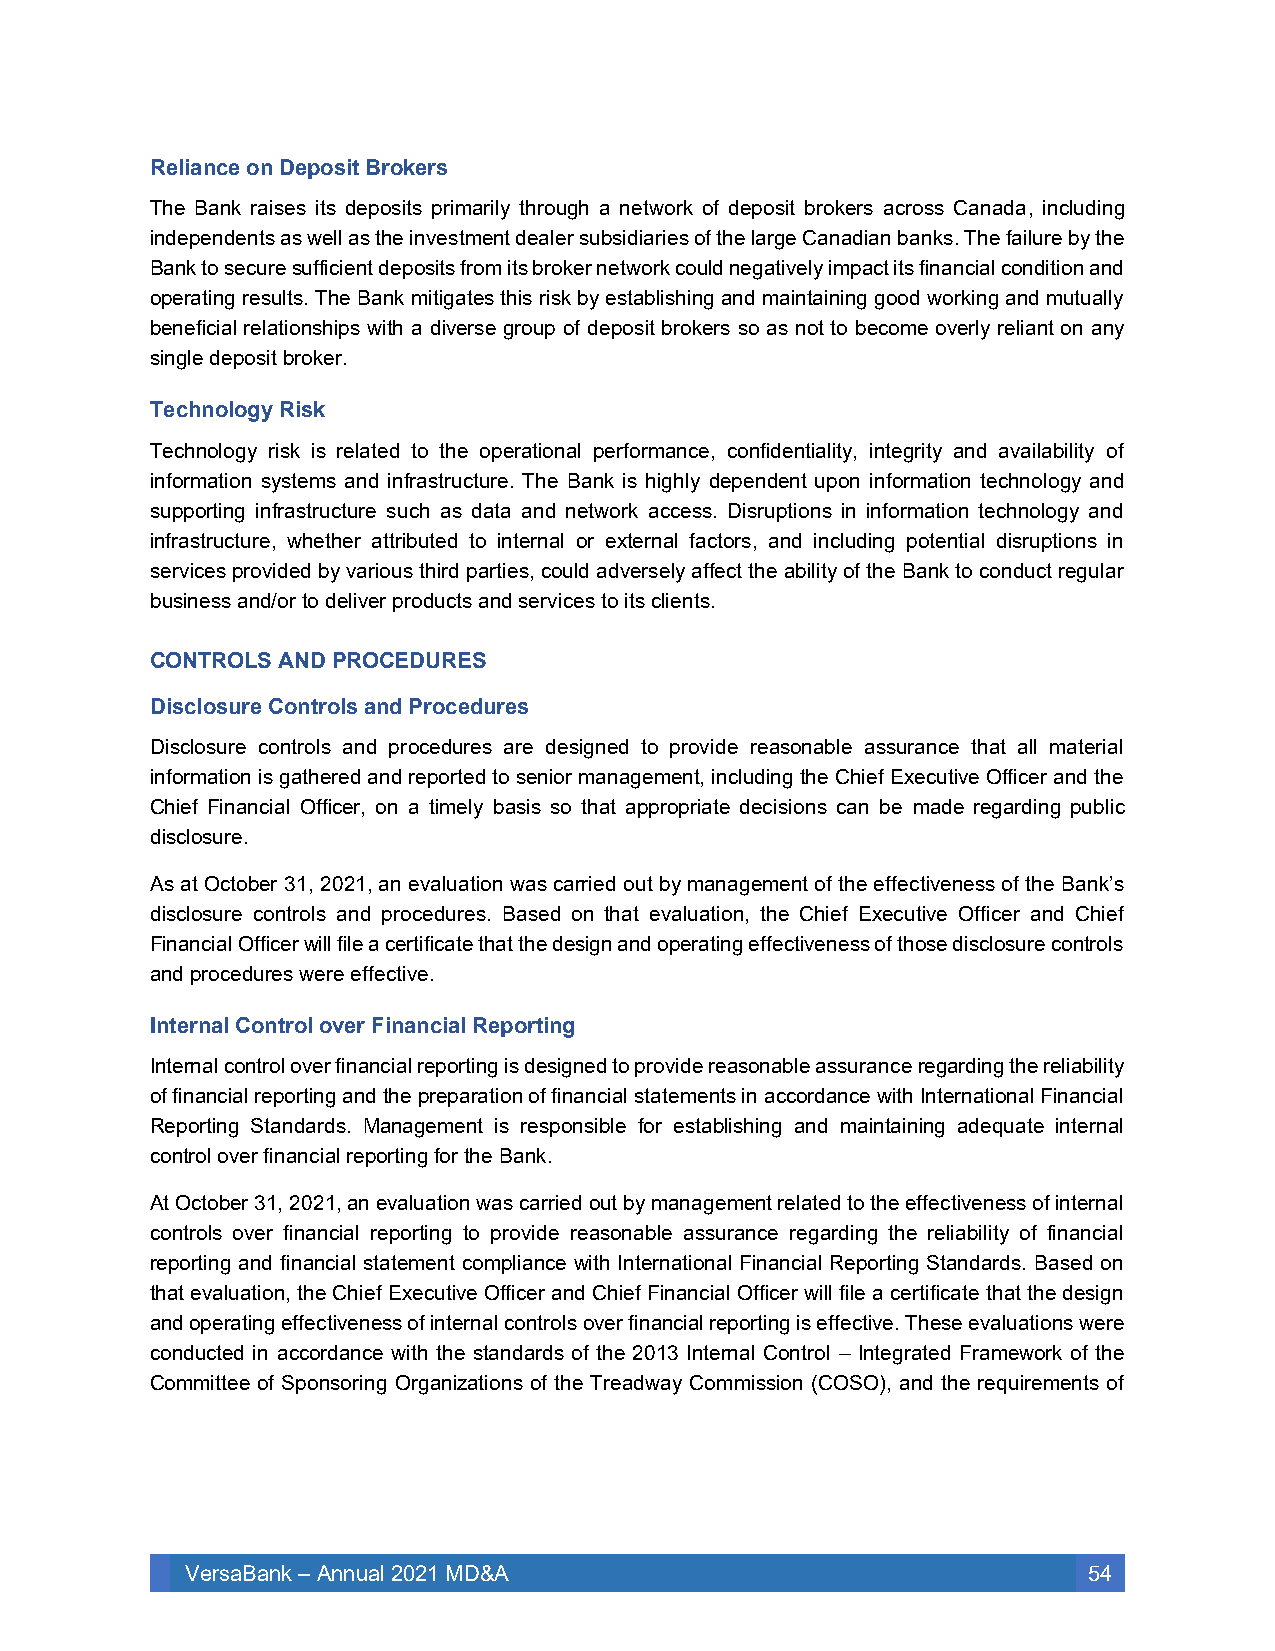
Reliance on Deposit Brokers
 The Bank raises its deposits primarily through a network of deposit brokers across Canada, including
 independents as well as the investment dealer subsidiaries of the large Canadian banks. The failure by the
 Bank to secure sufficient deposits from its broker network could negatively impact its financial condition and
 operating results. The Bank mitigates this risk by establishing and maintaining good working and mutually
 beneficial relationships with a diverse group of deposit brokers so as not to become overly reliant on any
 single deposit broker.
 Technology Risk
 Technology risk is related to the operational performance, confidentiality, integrity and availability of
 information systems and infrastructure. The Bank is highly dependent upon information technology and
 supporting infrastructure such as data and network access. Disruptions in information technology and
 infrastructure, whether attributed to internal or external factors, and including potential disruptions in
 services provided by various third parties, could adversely affect the ability of the Bank to conduct regular
 business and/or to deliver products and services to its clients.
 CONTROLS AND PROCEDURES
 Disclosure Controls and Procedures
 Disclosure controls and procedures are designed to provide reasonable assurance that all material
 information is gathered and reported to senior management, including the Chief Executive Officer and the
 Chief Financial Officer, on a timely basis so that appropriate decisions can be made regarding public
 disclosure.
 As at October 31, 2021, an evaluation was carried out by management of the effectiveness of the Bank’s
 disclosure controls and procedures. Based on that evaluation, the Chief Executive Officer and Chief
 Financial Officer will file a certificate that the design and operating effectiveness of those disclosure controls
 and procedures were effective.
 Internal Control over Financial Reporting
 Internal control over financial reporting is designed to provide reasonable assurance regarding the reliability
 of financial reporting and the preparation of financial statements in accordance with International Financial
 Reporting Standards. Management is responsible for establishing and maintaining adequate internal
 control over financial reporting for the Bank.
 At October 31, 2021, an evaluation was carried out by management related to the effectiveness of internal
 controls over financial reporting to provide reasonable assurance regarding the reliability of financial
 reporting and financial statement compliance with International Financial Reporting Standards. Based on
 that evaluation, the Chief Executive Officer and Chief Financial Officer will file a certificate that the design
 and operating effectiveness of internal controls over financial reporting is effective. These evaluations were
 conducted in accordance with the standards of the 2013 Internal Control – Integrated Framework of the
 Committee of Sponsoring Organizations of the Treadway Commission (COSO), and the requirements of
 VersaBank – Annual 2021 MD&A                                54